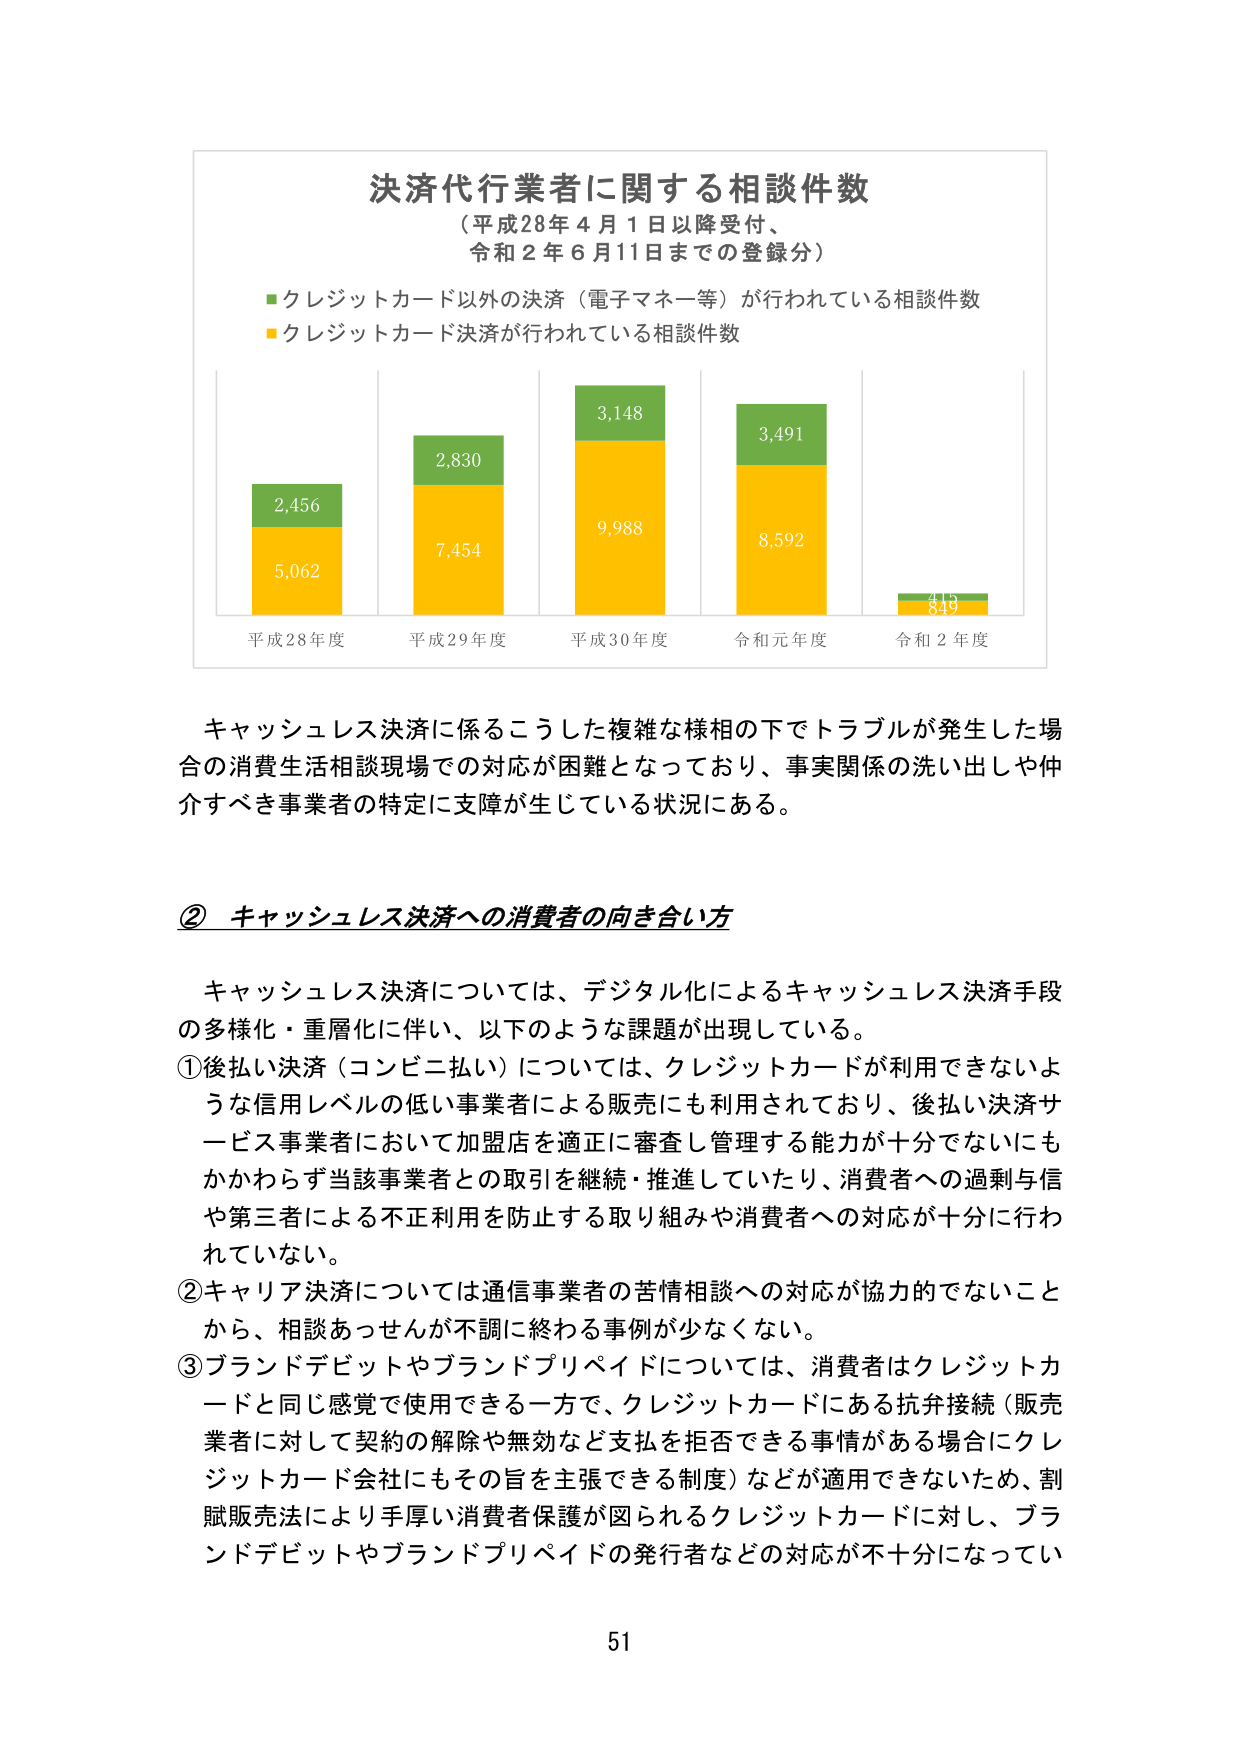
決済代行業者に関する相談件数
（平成28年4月1日以降受付、
令和2年6月11日までの登録分）

■クレジットカード以外の決済（電子マネー等）が行われている相談件数
■クレジットカード決済が行われている相談件数

2,456
5,062
平成28年度

2,830
7,454
平成29年度

3,148
9,988
平成30年度

3,491
8,592
令和元年度

419
849
令和2年度

キャッシュレス決済に係るこうした複雑な様相の下でトラブルが発生した場合の消費生活相談現場での対応が困難となっており、事実関係の洗い出しや仲介すべき事業者の特定に支障が生じている状況にある。

② キャッシュレス決済への消費者の向き合い方

キャッシュレス決済については、デジタル化によるキャッシュレス決済手段の多様化・重層化に伴い、以下のような課題が出現している。
①後払い決済（コンビニ払い）については、クレジットカードが利用できないような信用レベルの低い事業者による販売にも利用されており、後払い決済サービス事業者において加盟店を適正に審査し管理する能力が十分でないにもかかわらず当該事業者との取引を継続・推進していたり、消費者への過剰与信や第三者による不正利用を防止する取り組みや消費者への対応が十分に行われていない。
②キャリア決済については通信事業者の苦情相談への対応が協力的でないことから、相談あっせんが不調に終わる事例が少なくない。
③ブランドデビットやブランドプリペイドについては、消費者はクレジットカードと同じ感覚で使用できる一方で、クレジットカードにある抗弁接続（販売業者に対して契約の解除や無効など支払を拒否できる事情がある場合にクレジットカード会社にもその旨を主張できる制度）などが適用できないため、割賦販売法により手厚い消費者保護が図られるクレジットカードに対し、ブランドデビットやブランドプリペイドの発行者などの対応が不十分になってい

51